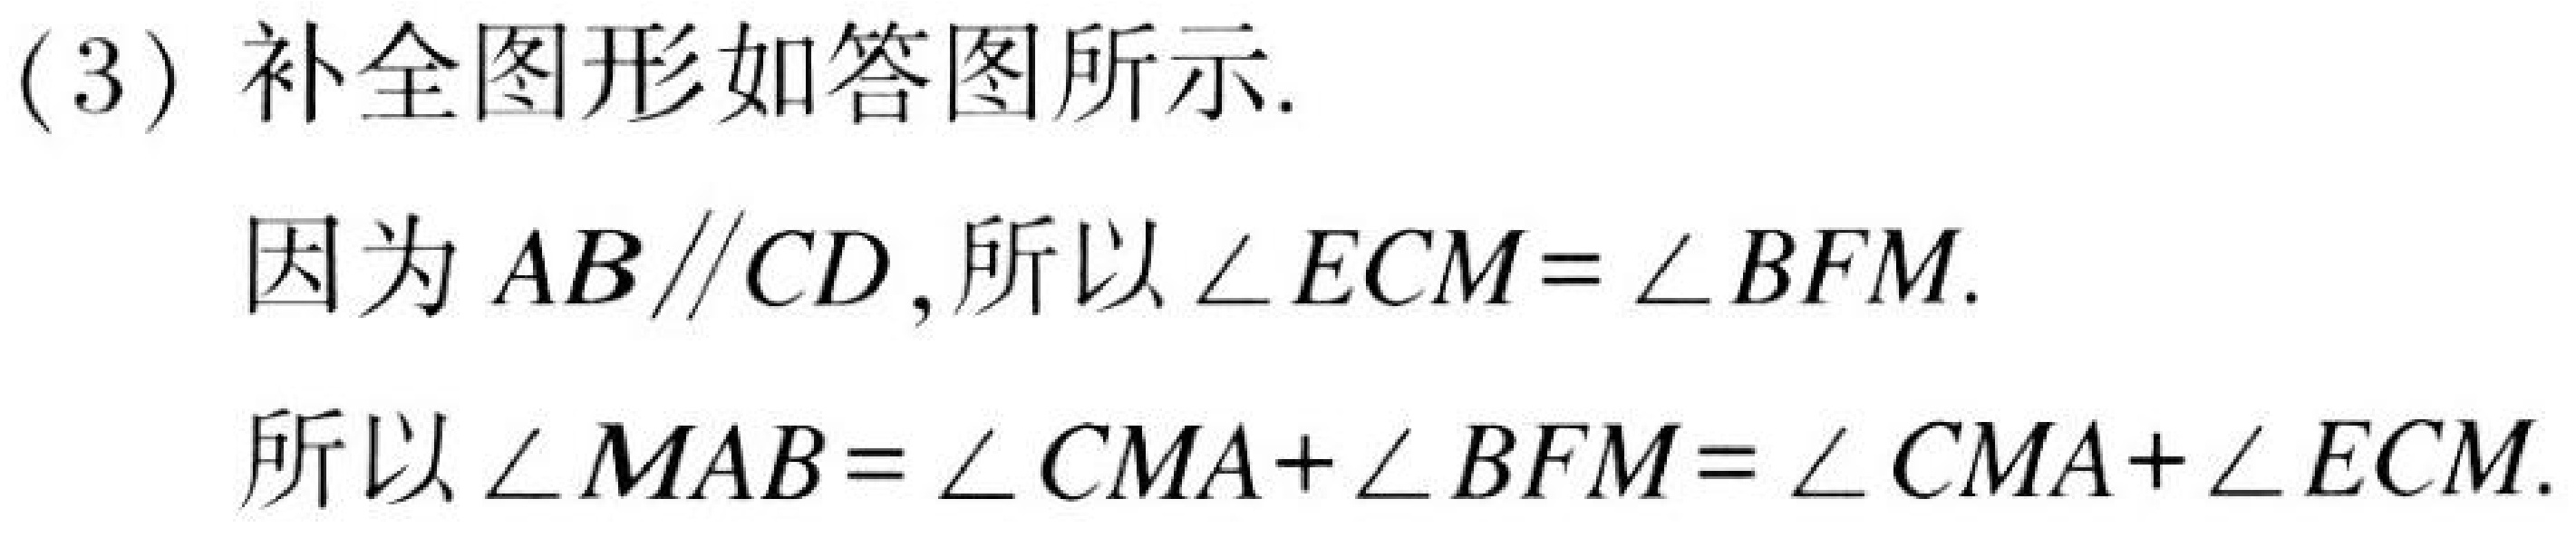
(3) 补全图形如答图所示.
因为\(AB\parallel CD\),所以\(\angle ECM=\angle BFM\).
所以\(\angle MAB=\angle CMA+\angle BFM=\angle CMA+\angle ECM\).